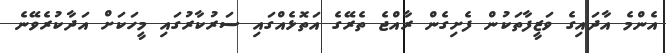
އެންމެ އާދައިގެ ވަޒީފާތަކުން ފެށިގެން ރާއްޖެ ތެރޭގެ އަތޮޅެއްގައި ސަރުކާރުގައި މީހަކަށް އަދާކުރެވޭނެ